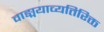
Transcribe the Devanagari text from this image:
वाङ्मयाव्यतिरिक्त